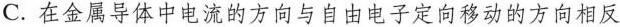
C.在金属导体中电流的方向与自由电子定向移动的方向相反